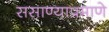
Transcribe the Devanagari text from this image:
ससाण्याप्रमाणे